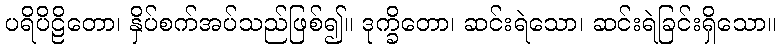
ပရိပိဠိတော၊ နှိပ်စက်အပ်သည်ဖြစ်၍။ ဒုက္ခိတော၊ ဆင်းရဲသော၊ ဆင်းရဲခြင်းရှိသော။